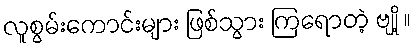
လူစွမ်းကောင်းများ ဖြစ်သွား ကြရောတဲ့ ဗျို့ ။